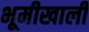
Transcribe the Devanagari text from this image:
भूमीखाली